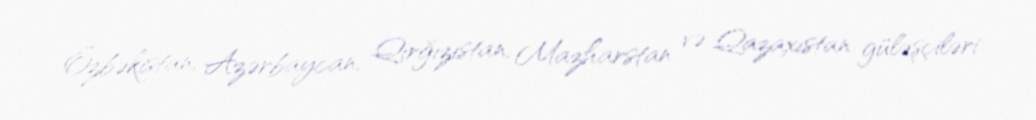
Özbəkistan, Azərbaycan, Qırğızıstan, Mazharstan və Qazaxıstan güləşçiləri